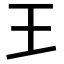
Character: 𤣩